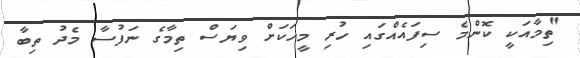
"ތިމާއަކީ ކޮންމެ ސިފައެއްގައި ހުރި މީހަކަށް ވިޔަސް ތިމާގެ ނަފުސާ މެދު ތިބާ